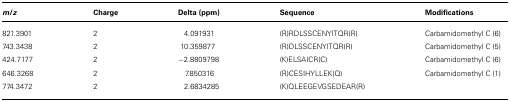
<table><thead><tr><td><b><i>m/z</i></b></td><td><b>Charge</b></td><td><b>Delta (ppm)</b></td><td><b>Sequence</b></td><td><b>Modifications</b></td></tr></thead><tbody><tr><td>821.3901</td><td>2</td><td>4.091931</td><td>(R)RDLSSCENYITQR(R)</td><td>Carbamidomethyl C (6)</td></tr><tr><td>743.3438</td><td>2</td><td>10.359877</td><td>(R)DLSSCENYITQR(R)</td><td>Carbamidomethyl C (5)</td></tr><tr><td>424.7177</td><td>2</td><td>-2.8809798</td><td>(K)ELSAICR(C)</td><td>Carbamidomethyl C (6)</td></tr><tr><td>646.3268</td><td>2</td><td>7.850316</td><td>(R)CESIHYLLEK(Q)</td><td>Carbamidomethyl C (1)</td></tr><tr><td>774.3472</td><td>2</td><td>2.6834285</td><td>(K)QLEEGEVGSEDEAR(R)</td><td></td></tr></tbody></table>